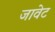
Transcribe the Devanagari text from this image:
जावेट